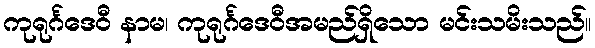
ကုရုင်္ဂဒေဝီ နာမ၊ ကုရုင်္ဂဒေဝီအမည်ရှိသော မင်းသမိးသည်။